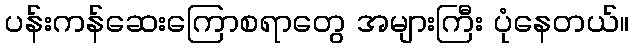
ပန်းကန်ဆေးကြောစရာတွေ အများကြီး ပုံနေတယ်။